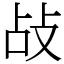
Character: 敁